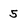
Character: 5